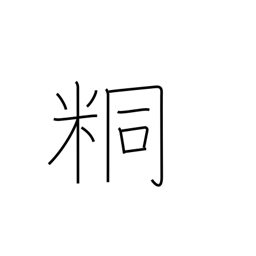
Meaning: unpolished rice